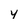
Character: y